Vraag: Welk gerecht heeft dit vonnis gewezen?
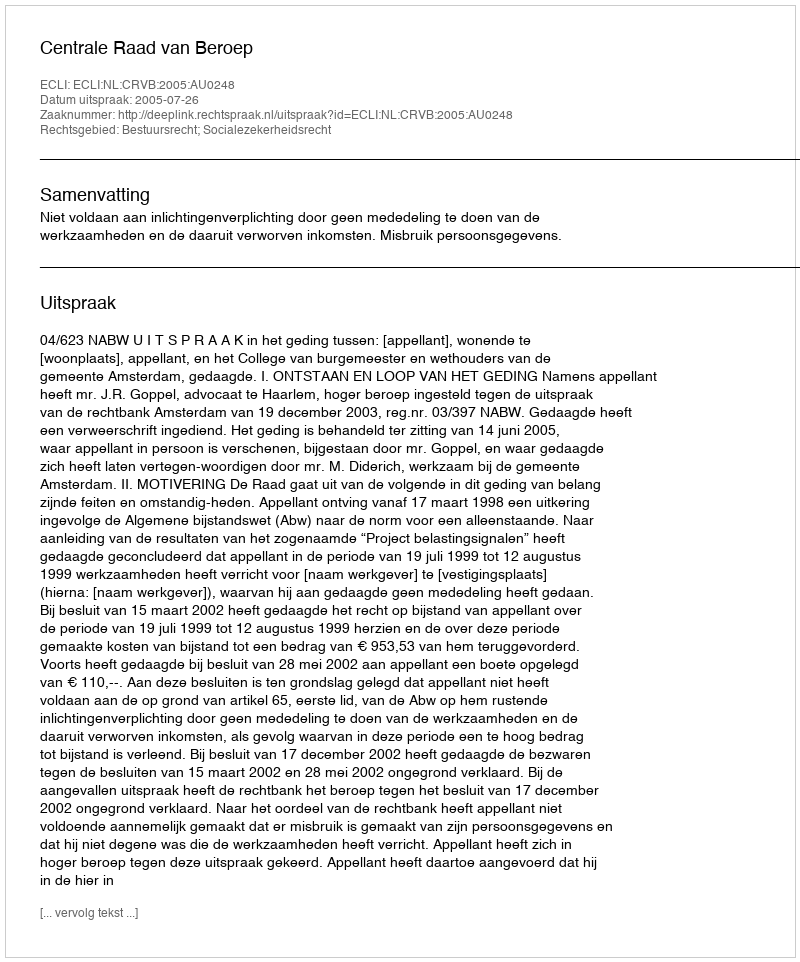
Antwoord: Centrale Raad van Beroep